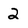
Character: 2